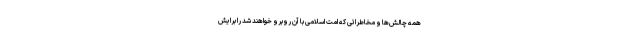
همه چالش‌ها و مخاطراتی که امت اسلامی با آن روبرو خواهند شد را برایش